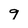
Character: 9